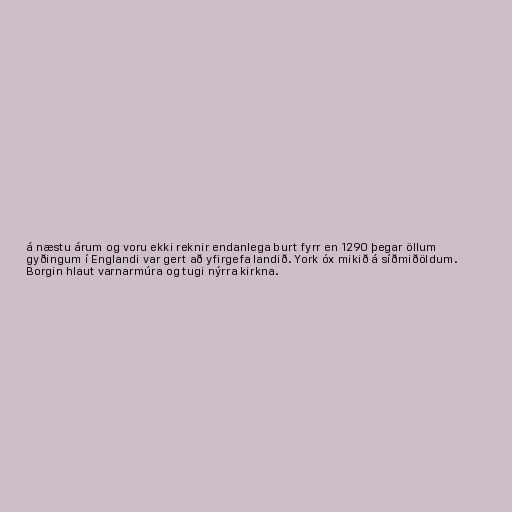
á næstu árum og voru ekki reknir endanlega burt fyrr en 1290 þegar öllum
gyðingum í Englandi var gert að yfirgefa landið. York óx mikið á síðmiðöldum.
Borgin hlaut varnarmúra og tugi nýrra kirkna.